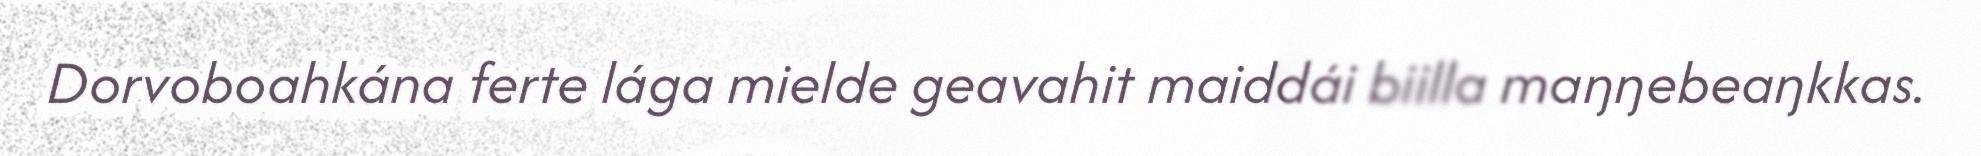
Dorvoboahkána ferte lága mielde geavahit maiddái biilla maŋŋebeaŋkkas.